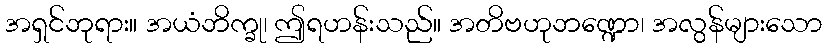
အရှင်ဘုရား။ အယံဘိက္ခု၊ ဤရဟန်းသည်။ အတိဗဟုဘဏ္ဍော၊ အလွန်များသော